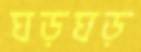
ঘড়ঘড়